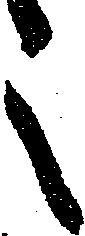
之